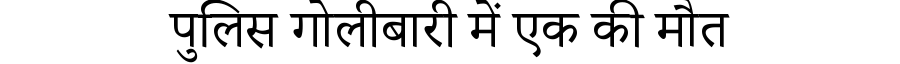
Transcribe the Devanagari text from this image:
पुलिस गोलीबारी में एक की मौत